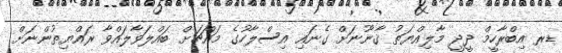
ޑރ އިބްރާހީމް ދީދީ މާލިއްޔަތު ޤާނޫނަށް ގެނައި އިސްލާހުގެ މައްޗަށް ބައްލަވާލައްވާ ރައްޔިތުންނަށް